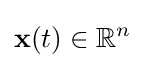
{\textbf {x}}(t)\in \mathbb {R} ^{n}